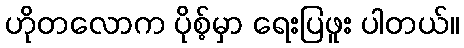
ဟိုတလောက ပိုစ့်မှာ ရေးပြဖူး ပါတယ်။